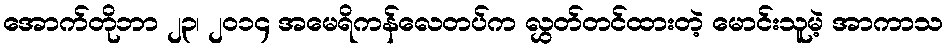
အောက်တိုဘာ ၂၃၊ ၂၀၁၄ အမေရိကန်လေတပ်က လွှတ်တင်ထားတဲ့ မောင်းသူမဲ့ အာကာသ